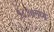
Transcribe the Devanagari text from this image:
१८१७मध्ये